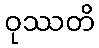
ဝုဿတိ